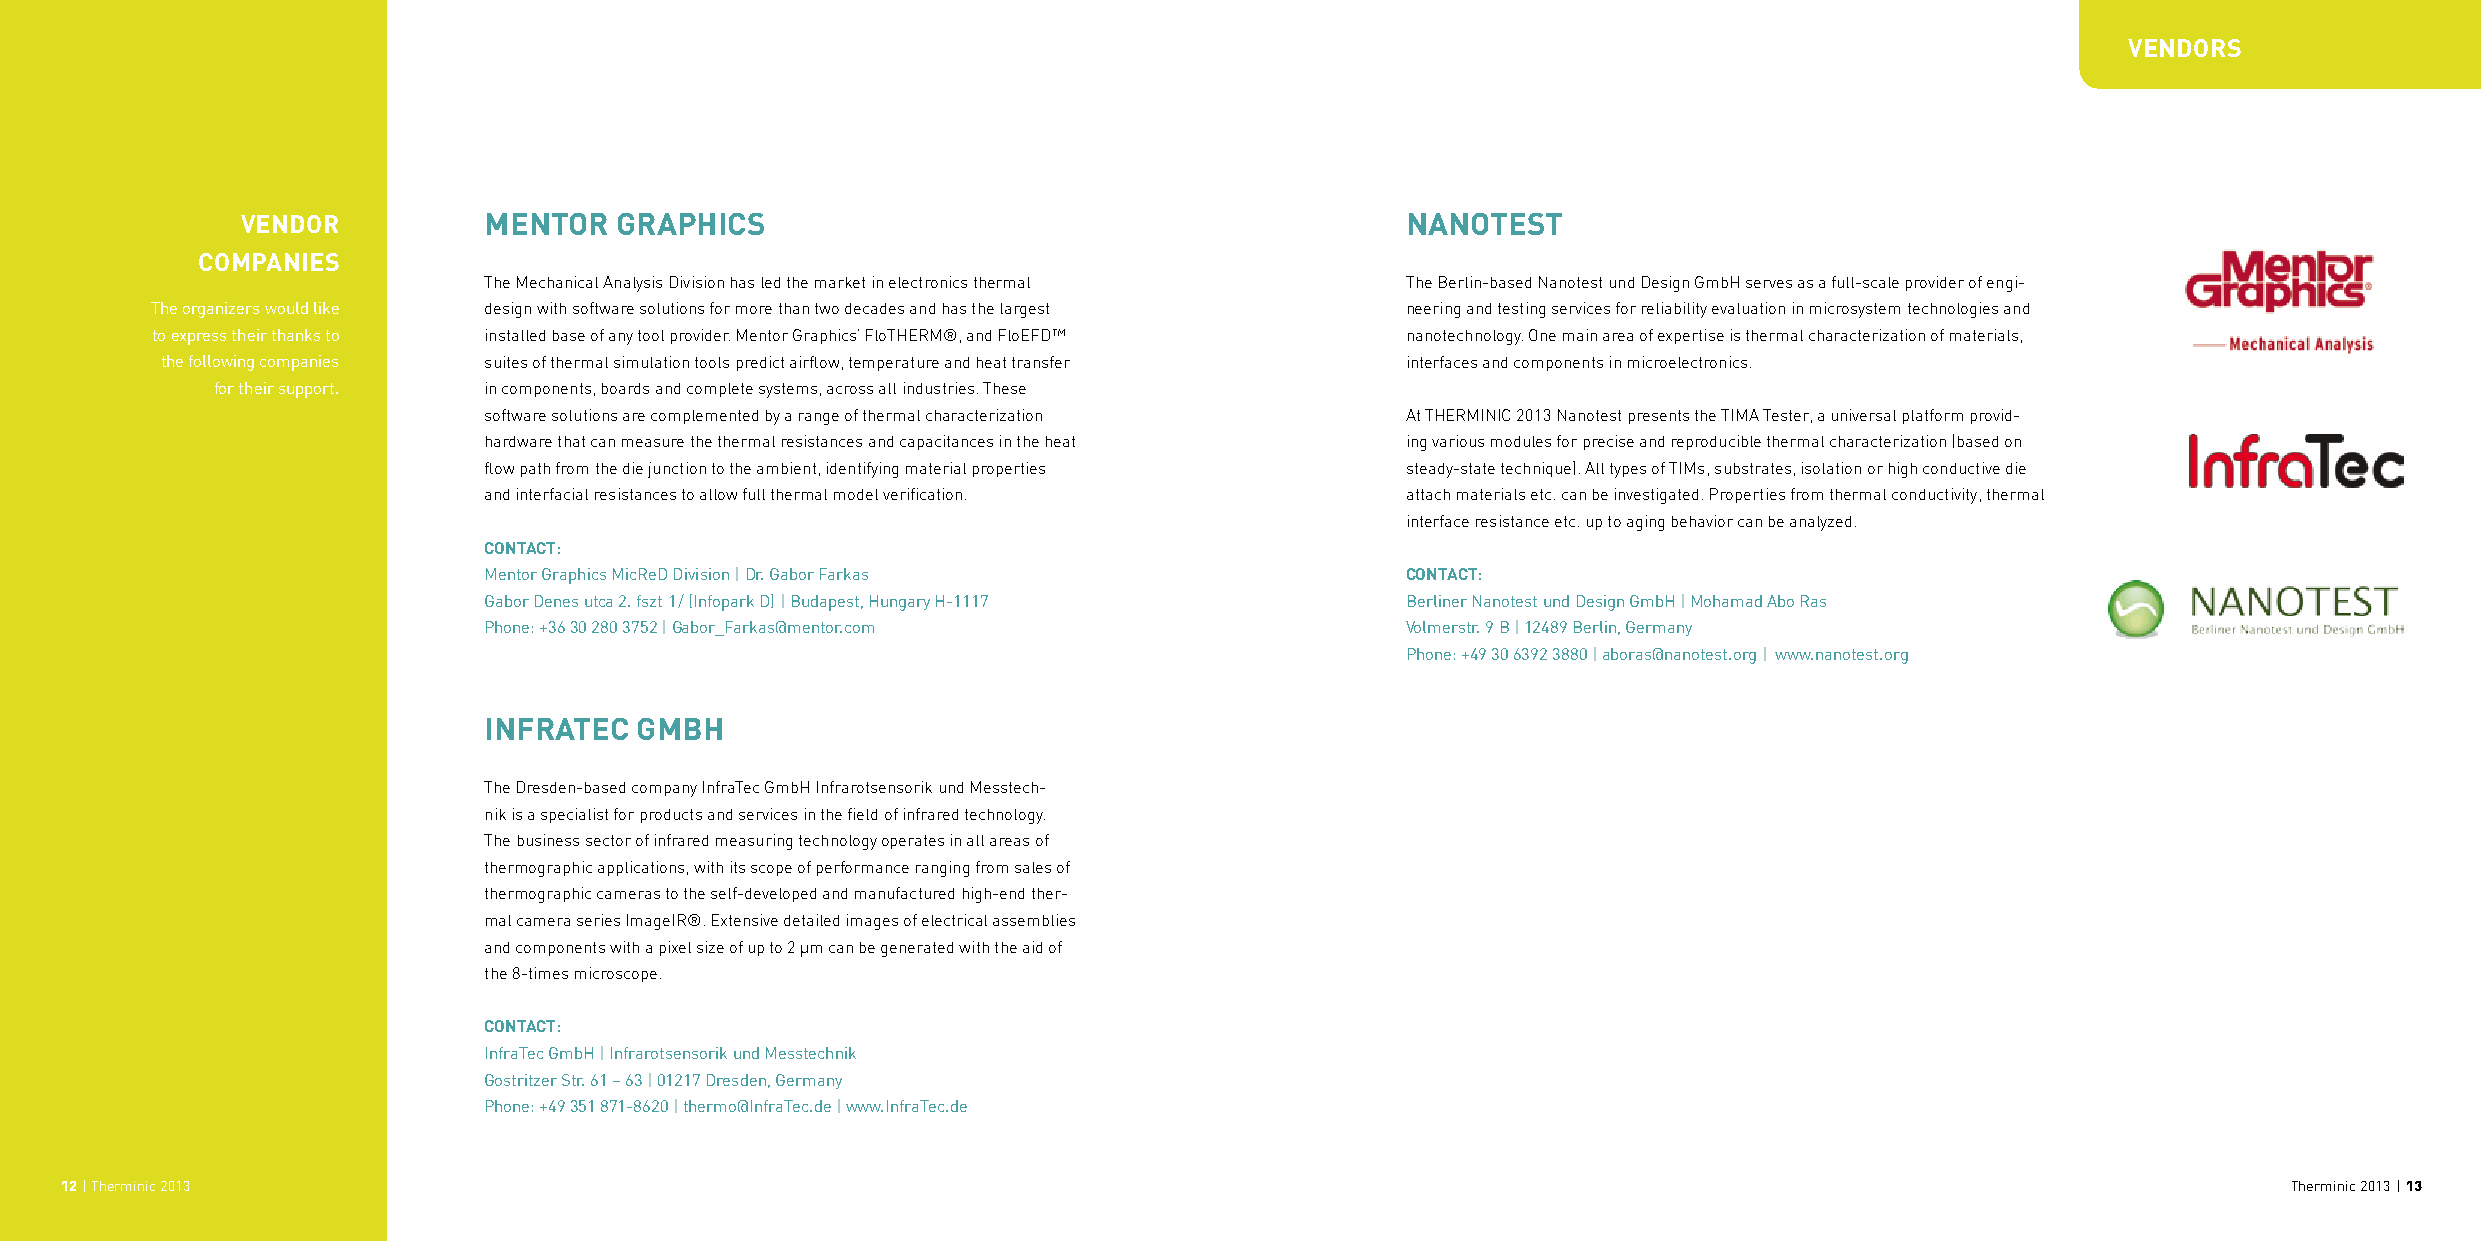
VendorS
 Vendor          mentor   graPhiCS                                            nanoteSt
 ComPanieS
 The Mechanical Analysis Division has led the market in electronics thermal The Berlin-based Nanotest und Design GmbH serves as a full-scale provider of engi-
 The organizers would like design with software solutions for more than two decades and has the largest neering and testing services for reliability evaluation in microsystem technologies and
 to express their thanks to installed base of any tool provider. Mentor Graphics’ FloTHERM®, and FloEFD™ nanotechnology. One main area of expertise is thermal characterization of materials,
 the following companies suites of thermal simulation tools predict airflow, temperature and heat transfer interfaces and components in microelectronics.
 for their support. in components, boards and complete systems, across all industries. These
 software solutions are complemented by a range of thermal characterization At THERMINIC 2013 Nanotest presents the TIMA Tester, a universal platform provid-
 hardware that can measure the thermal resistances and capacitances in the heat ing various modules for precise and reproducible thermal characterization (based on
 flow path from the die junction to the ambient, identifying material properties steady-state technique). All types of TIMs, substrates, isolation or high conductive die
 and interfacial resistances to allow full thermal model verification. attach materials etc. can be investigated. Properties from thermal conductivity, thermal
 interface resistance etc. up to aging behavior can be analyzed.
 ContaCt:
 Mentor Graphics MicReD Division | Dr. Gabor Farkas           ContaCt:
 Gabor Denes utca 2. fszt 1 / (Infopark D) | Budapest, Hungary H-1117 Berliner Nanotest und Design GmbH | Mohamad Abo Ras
 Phone: +36 30 280 3752 | Gabor_Farkas@mentor.com             Volmerstr. 9 B | 12489 Berlin, Germany
 Phone: +49 30 6392 3880 | aboras@nanotest.org | www.nanotest.org
 infrateC  gmBh
 The Dresden-based company InfraTec GmbH Infrarotsensorik und Messtech-
 nik is a specialist for products and services in the field of infrared technology.
 The business sector of infrared measuring technology operates in all areas of
 thermographic applications, with its scope of performance ranging from sales of
 thermographic cameras to the self-developed and manufactured high-end ther-
 mal camera series ImageIR®. Extensive detailed images of electrical assemblies
 and components with a pixel size of up to 2 μm can be generated with the aid of
 the 8-times microscope.
 ContaCt:
 InfraTec GmbH | Infrarotsensorik und Messtechnik
 Gostritzer Str. 61 – 63 | 01217 Dresden, Germany
 Phone: +49 351 871-8620 | thermo@InfraTec.de | www.InfraTec.de
 12 | Therminic 2013                                                                                                                                 Therminic 2013 | 13